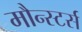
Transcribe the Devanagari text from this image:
मौन्स्टर्स